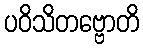
ပဝိသိတဗ္ဗောတိ